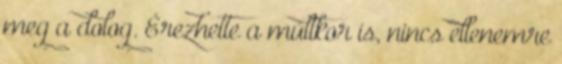
meg a dolog. Érezhette a múltkor is, nincs ellenemre